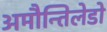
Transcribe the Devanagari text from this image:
अमौन्तिलेडो